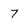
Character: 7